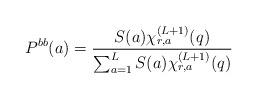
LaTeX: \begin{align*}P^{bb}(a)=\frac{S(a) \chi_{r,a}^{(L+1)}(q)}{\sum_{a=1}^L S(a) \chi_{r,a}^{(L+1)}(q)}\end{align*}